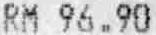
RM 96.90